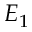
E _ { 1 }